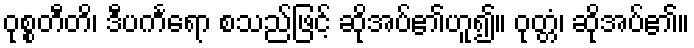
ဝုစ္စတီတိ၊ ဒီပင်္ကရော စသည်ဖြင့် ဆိုအပ်၏ဟူ၍။ ဝုတ္တံ၊ ဆိုအပ်၏။